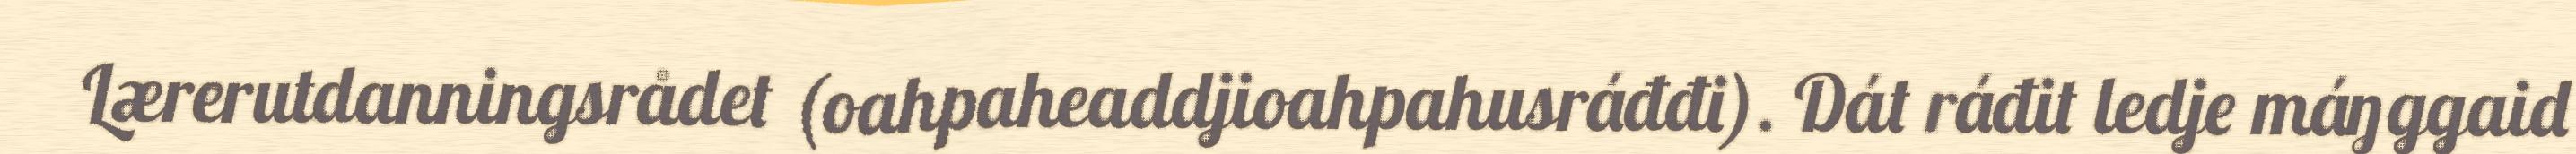
Lærerutdanningsrådet (oahpaheaddjioahpahusráđđi). Dát ráđit ledje máŋggaid